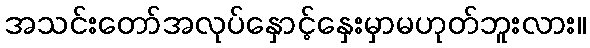
အသင်းတော်အလုပ်နှောင့်နှေးမှာမဟုတ်ဘူးလား။